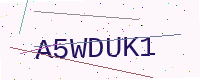
Text: A5WDUK1